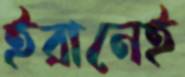
ইরানেই